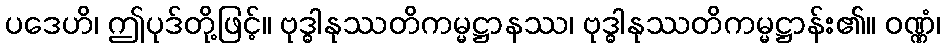
ပဒေဟိ၊ ဤပုဒ်တို့ဖြင့်။ ဗုဒ္ဓါနုဿတိကမ္မဋ္ဌာနဿ၊ ဗုဒ္ဓါနုဿတိကမ္မဋ္ဌာန်း၏။ ဝဏ္ဏံ၊